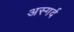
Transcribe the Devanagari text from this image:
अस्गर्द